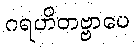
ဂရဟိတဗ္ဗာပေ